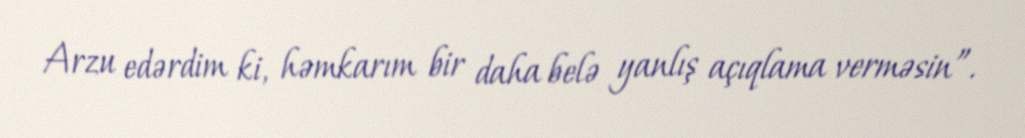
Arzu edərdim ki, həmkarım bir daha belə yanlış açıqlama verməsin”.